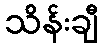
သိန်းချီ